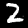
Digit: 2